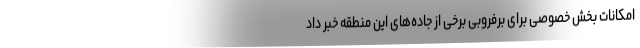
امکانات بخش خصوصی برای برفروبی برخی از جاده‌های این منطقه خبر داد